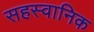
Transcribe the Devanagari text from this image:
सहस्वानिक